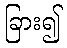
ခြား၍